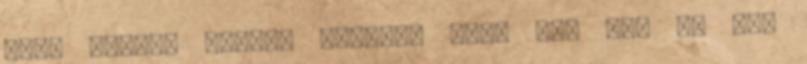
7700 forint pluszt kapunk. Erre még jön rá egy